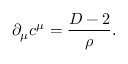
\partial _ { \mu } c ^ { \mu } = \frac { D - 2 } { \rho } .